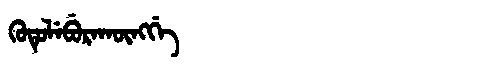
Manchu: ᡴᡠᡨᡠᠯᡝᠪᡠᡵᠠᡴᡡᠩᡤᡝ
Romanization: KUTULEBURAKŪNGGE